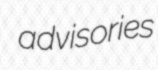
advisories